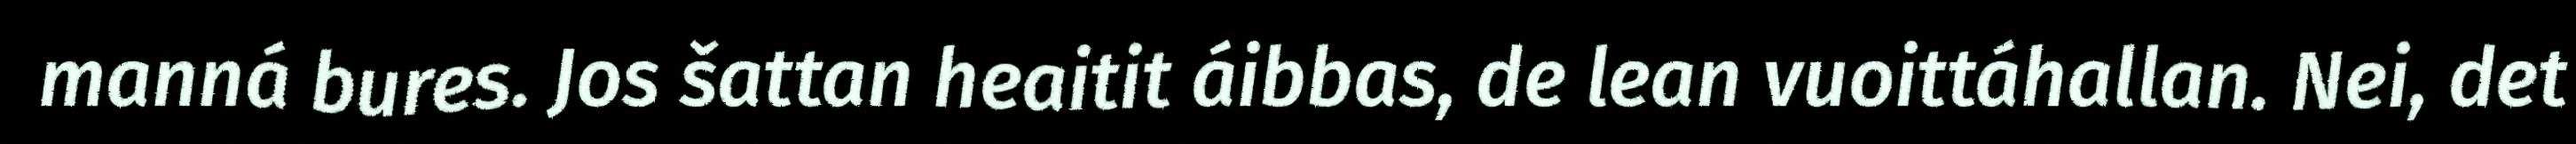
manná bures. Jos šattan heaitit áibbas, de lean vuoittáhallan. Nei, det